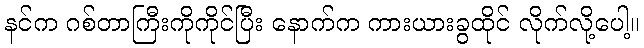
နင်က ဂစ်တာကြီးကိုကိုင်ပြီး နောက်က ကားယားခွထိုင် လိုက်လို့ပေါ့။